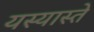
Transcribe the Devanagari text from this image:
यस्यास्ते